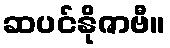
ဆပင်နိုဇာဗီ။